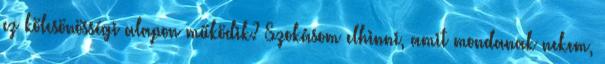
ez kölcsönösségi alapon működik? Szokásom elhinni, amit mondanak nekem,